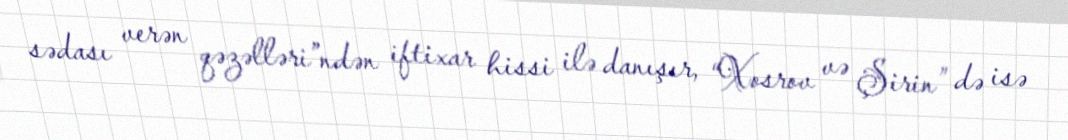
sədası verən qəzəlləri”ndən iftixar hissi ilə danışır, “Xosrov və Şirin” də isə